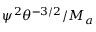
{ \psi } ^ { 2 } \theta ^ { - 3 / 2 } / M _ { a }